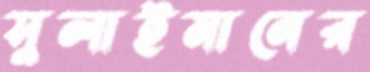
সুলাইমানের